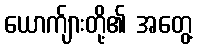
ယောက်ျားတို့၏ အတွေ့